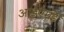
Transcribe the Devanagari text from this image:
आईऍमई